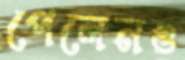
পেলেনও